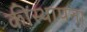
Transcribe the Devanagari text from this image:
कीस्थापना